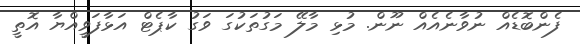
ފެންބޮޑެއް ނުވާނެއެއް ނޫން. މުޅި މާލޭ މަގުތަކުގަ ވަގު ކާޕެޓް އަޅާފަވީއްޔާ އޮތީ